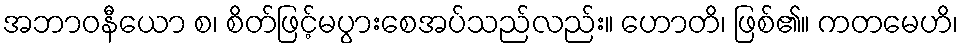
အဘာဝနီယော စ၊ စိတ်ဖြင့်မပွားစေအပ်သည်လည်း။ ဟောတိ၊ ဖြစ်၏။ ကတမေဟိ၊